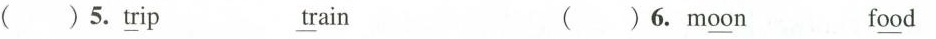
( ) 5.\underline{tr}ip \underline{tr}ain ( )6. m\underline{oo}n f\underline{oo}d